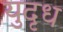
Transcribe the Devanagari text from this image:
युदृध